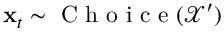
\mathbf { x } _ { t } \sim \mathrm { ~ C ~ h ~ o ~ i ~ c ~ e ~ } ( \mathcal { X } ^ { \prime } )